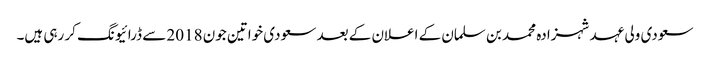
سعودی ولی عہد شہزادہ محمد بن سلمان کے اعلان کے بعد سعودی خواتین جون 2018 سے ڈرائیونگ کر رہی ہیں۔